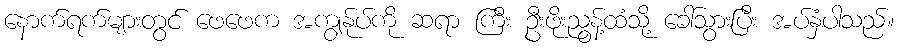
နောက်ရက်များတွင် ဖေဖေက အကျွန်ုပ်ကို ဆရာ ကြီး ဦးဖိုးညွန့်ထံသို့ ခေါ်သွားပြီး အပ်နှံပါသည်။